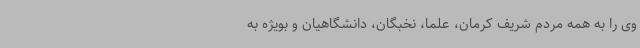
وی را به همه مردم شریف کرمان، علما، نخبگان، دانشگاهیان و بویژه به